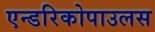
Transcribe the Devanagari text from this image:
एन्डरिकोपाउलस